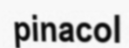
pinacol